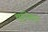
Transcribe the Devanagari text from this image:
चट्टोग्राम